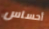
أحساس